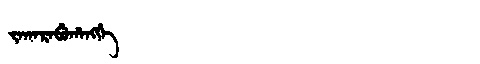
Manchu: ᠵᠠᡴᠠᡵᠠᠪᡠᡥᠠᠩᡤᡝ
Romanization: JAKARABUHANGGE